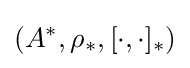
(A^{*},\rho _{*},[\cdot ,\cdot ]_{*})